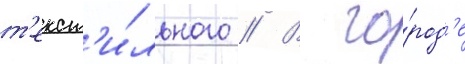
т'екст'и́льного // В го́род'е